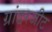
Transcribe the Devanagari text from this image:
ग्रांडरजीट